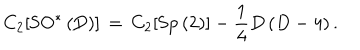
C _ { 2 } [ \mathrm { S O ^ { \ast } \left( D \right) } ] \, = \, C _ { 2 } [ \mathrm { S p \left( 2 \right) } ] - \frac { 1 } { 4 } D \left( D - 4 \right) .